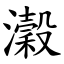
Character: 瀔